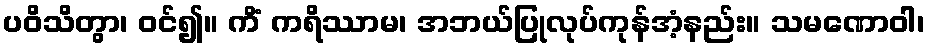
ပဝိသိတွာ၊ ဝင်၍။ ကိံ ကရိဿာမ၊ အဘယ်ပြုလုပ်ကုန်အံ့နည်း။ သမဏောဝါ၊